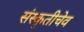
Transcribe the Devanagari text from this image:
संस्कृतीचेव